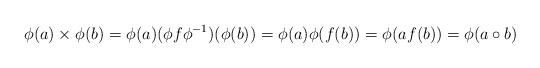
LaTeX: \begin{align*} \phi(a)\times\phi(b)=\phi(a) (\phi f\phi^{-1})(\phi(b))=\phi(a)\phi(f(b))=\phi(af(b))=\phi(a\circ b) \end{align*}